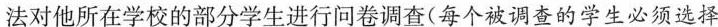
法对他所在学校的部分学生进行问卷调查(每个被调查的学生必须选择